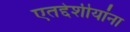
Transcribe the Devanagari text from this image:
एतद्देशीयांना